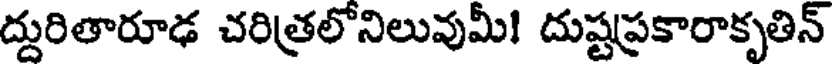
ద్దురితారూఢ చరిత్రలోనిలువుమీ! దుష్టప్రకారాకృతిన్